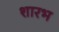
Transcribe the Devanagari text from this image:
शारभ